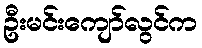
ဦးမင်းကျော်လွင်က